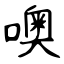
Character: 噢